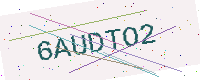
Text: 6AUDTO2